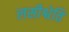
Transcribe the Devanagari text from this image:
लसीश्वेति